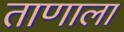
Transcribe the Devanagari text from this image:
ताणाला